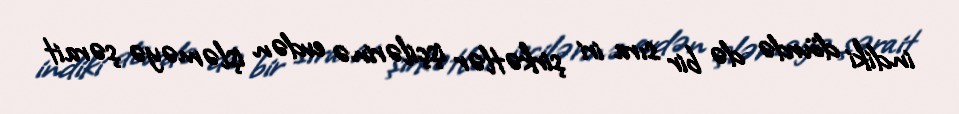
indiki dövrdə də bir sıra iri şirkətlər işçilərinə evdən işləməyə şərait